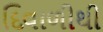
દિવાળીથી